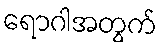
ရောဂါအတွက်